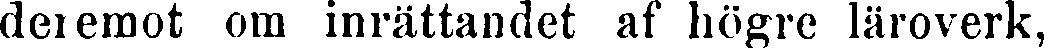
deiemot om inrättandet af högre läroverk,